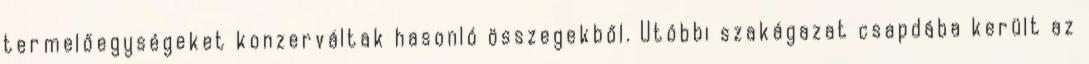
termelőegységeket konzerváltak hasonló összegekből. Utóbbi szakágazat csapdába került az